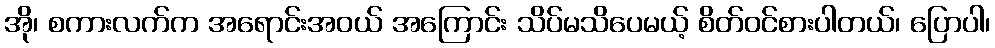
အို၊ စကားလက်က အရောင်းအဝယ် အကြောင်း သိပ်မသိပေမယ့် စိတ်ဝင်စားပါတယ်၊ ပြောပါ၊